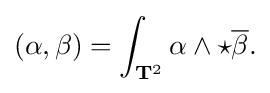
\displaystyle {(\alpha ,\beta )=\int _{{\mathbf {T} }^{2}}\alpha \wedge \star {\overline {\beta }}.}